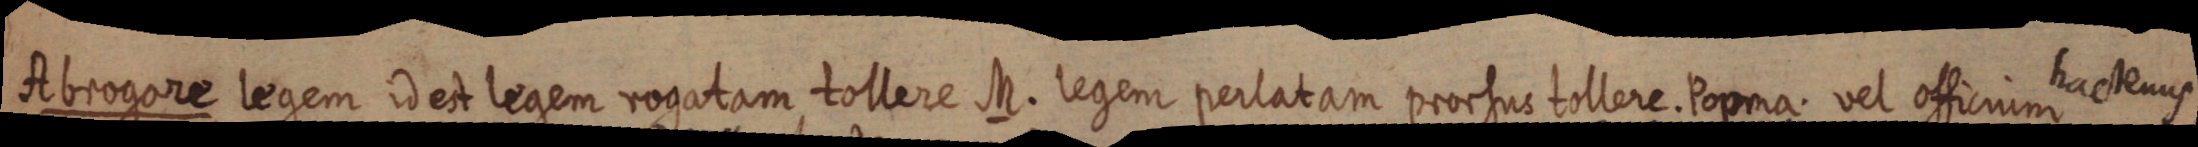
Abimgore legem Dch lenem raotam tollere M. legum pertatam prortur tillere Toxna vel ofsemudactens